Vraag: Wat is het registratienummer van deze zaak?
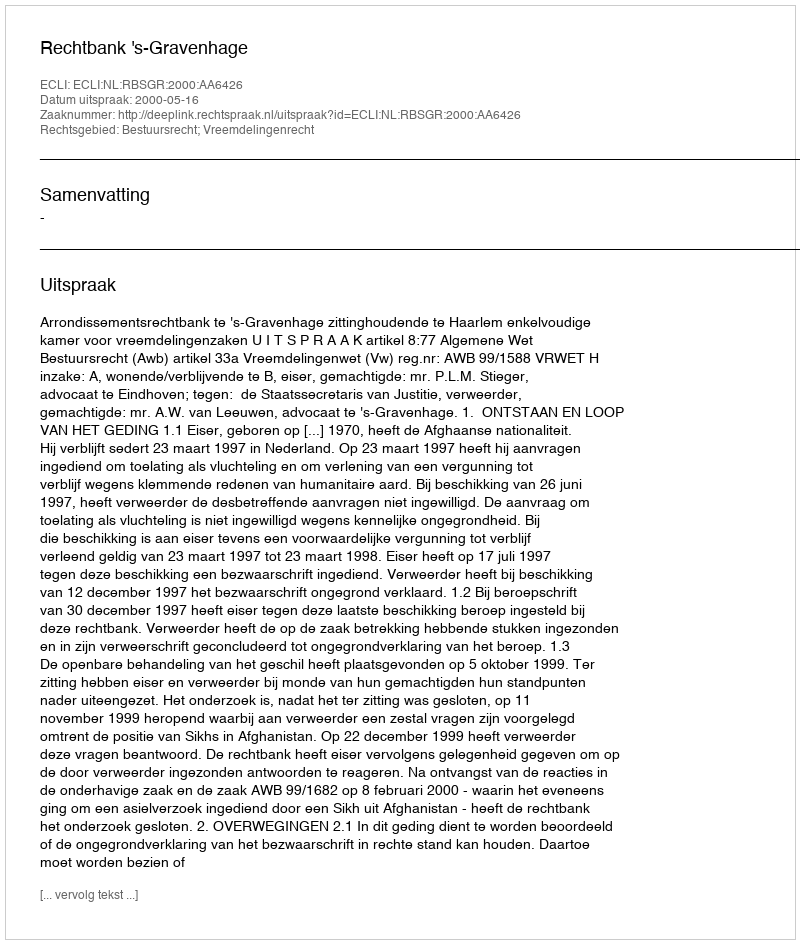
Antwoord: http://deeplink.rechtspraak.nl/uitspraak?id=ECLI:NL:RBSGR:2000:AA6426